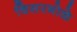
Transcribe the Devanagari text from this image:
विसरभोळे